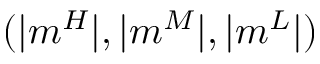
( | m ^ { H } | , | m ^ { M } | , | m ^ { L } | )